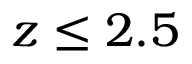
z \leq 2 . 5